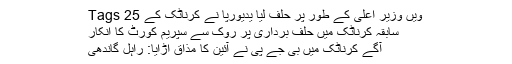
Tags 25 ویں وزیر اعلی کے طور پر حلف لیا يديورپا نے کرناٹک کے
سابقہ کرناٹک میں حلف برداری پر روک سے سپریم کورٹ کا انکار
آگے کرناٹک میں بی جے پی نے آئین کا مذاق اڑايا: راہل گاندھی